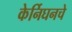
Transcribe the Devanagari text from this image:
केर्निघनचे